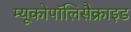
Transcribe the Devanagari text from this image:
म्यूकोपॉलिसैक्राइड